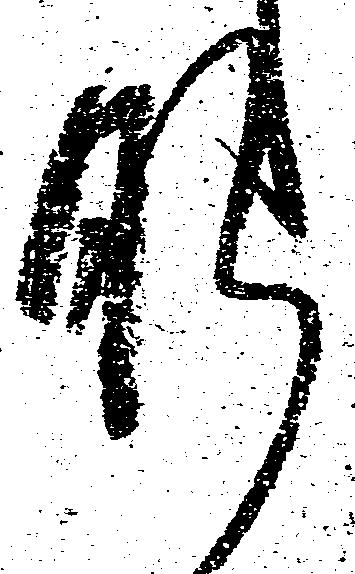
肝